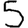
Digit: 5